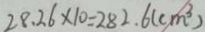
2 8 . 2 6 \times 1 0 = 2 8 2 . 6 ( c m ^ { 3 } )